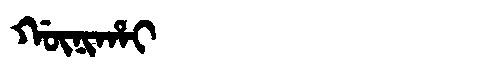
Manchu: ᡤᡡᠨᡳᡥᠠᡳ
Romanization: GŪNIHAI